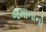
જમાનાનો